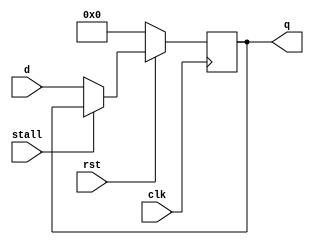

module ysyx_210184_ffn
#( parameter WIDTH = 64 )
(
    input  wire               clk,
    input  wire               rst,
    input  wire               stall,
    input  wire [WIDTH-1 : 0] d,
    output reg  [WIDTH-1 : 0] q
);

    always @(posedge clk) begin
        if (~rst) q <= {WIDTH{1'b0}};
        else begin
            if(stall) q <= q;
            else      q <= d;
        end 
    end

endmodule